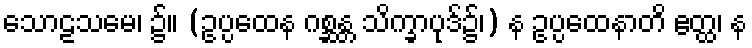
သောဠသမေ၊ ၌။ (ဥပ္ပထေန ဂစ္ဆန္တ သိက္ခာပုဒ်၌၊) န ဥပ္ပထေနာတိ ဧတ္ထ၊ န